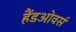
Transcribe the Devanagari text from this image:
हैंडओवर्स